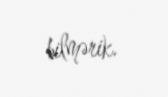
bilmərik.